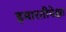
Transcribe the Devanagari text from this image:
इमारतीपेक्षा